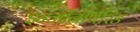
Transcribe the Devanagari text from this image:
इन्जीनीयरिङ